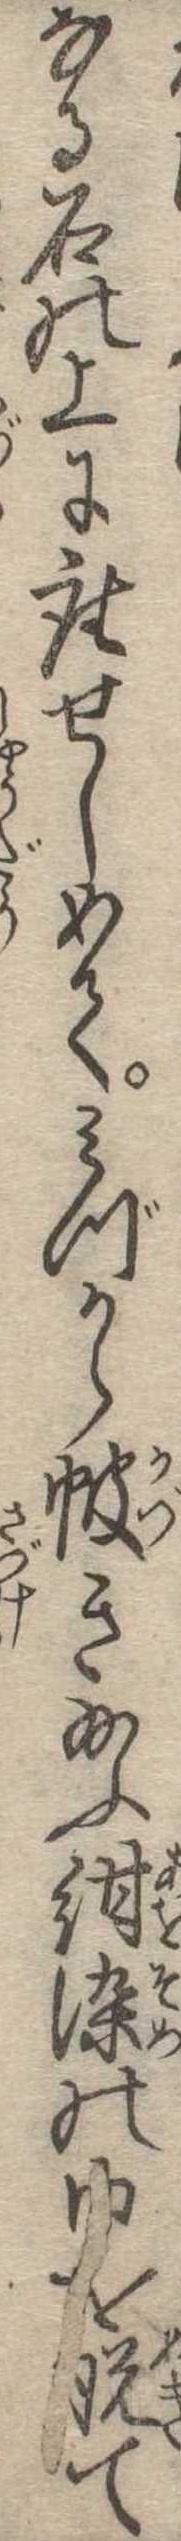
なる石の上に座せしめてみづからき給ふ紺染の巾を脱て